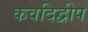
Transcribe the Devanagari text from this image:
कवदिद्वीप